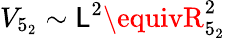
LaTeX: V_{5_{2}}\sim\mathsf{L}^{2}\equivR_{5_{2}}^{2}